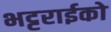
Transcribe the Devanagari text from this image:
भट्टराईको